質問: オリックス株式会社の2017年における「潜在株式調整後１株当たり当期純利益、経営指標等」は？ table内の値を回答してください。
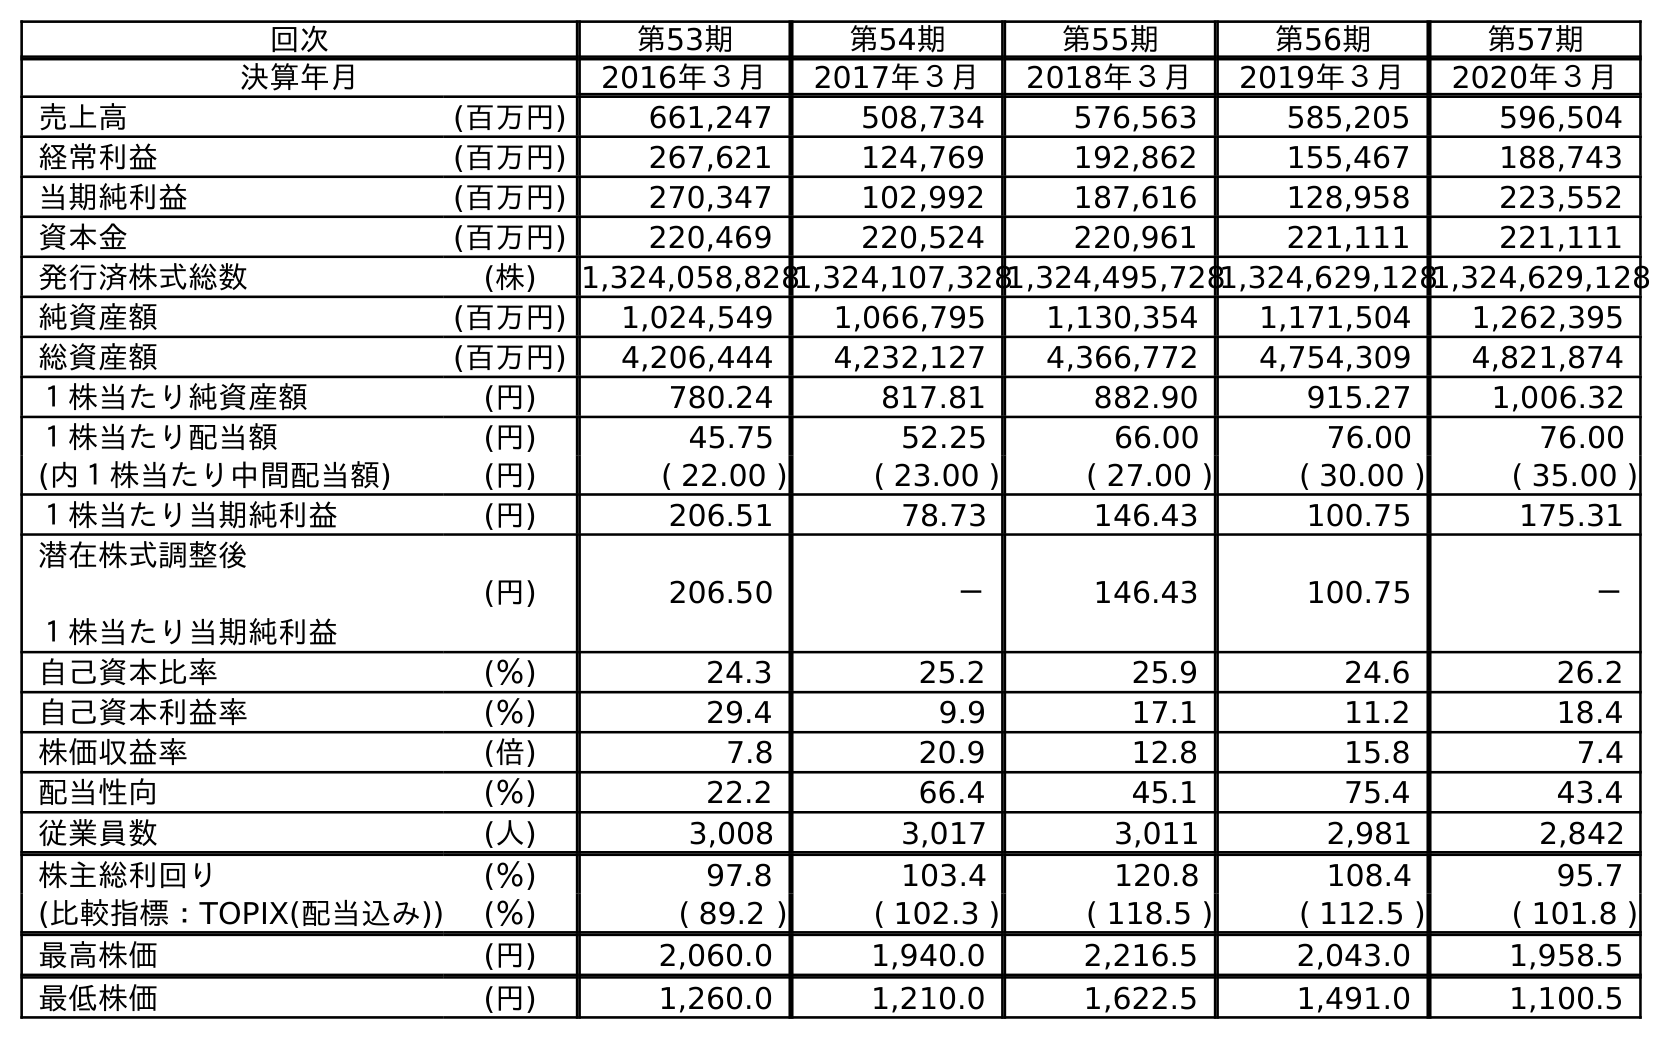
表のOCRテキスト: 回次 第53期 第54期 第55期 第56期 第57期 決算年月 2016年３月 2017年３月 2018年３月 2019年３月 2020年３月 売上高 (百万円) 661,247 508,734 576,563 585,205 596,504 経常利益 (百万円) 267,621 124,769 192,862 155,467 188,743 当期純利益 (百万円) 270,347 102,992 187,616 128,958 223,552 資本金 (百万円) 220,469 220,524 220,961 221,111 221,111 発行済株式総数 (株) 1,324,058,8281,324,107,3281,324,495,7281,324,629,1281,324,629,128 純資産額 (百万円) 1,024,549 1,066,795 1,130,354 1,171,504 1,262,395 総資産額 (百万円) 4,206,444 4,232,127 4,366,772 4,754,309 4,821,874 １株当たり純資産額 (円) 780.24 817.81 882.90 915.27 1,006.32 １株当たり配当額 (円) 45.75 52.25 66.00 76.00 76.00 (内１株当たり中間配当額) (円) ( 22.00 ) ( 23.00 ) ( 27.00 ) ( 30.00 ) ( 35.00 ) １株当たり当期純利益 (円) 206.51 78.73 146.43 100.75 175.31 潜在株式調整後 １株当たり当期純利益 (円) 206.50 － 146.43 100.75 － 自己資本比率 (％) 24.3 25.2 25.9 24.6 26.2 自己資本利益率 (％) 29.4 9.9 17.1 11.2 18.4 株価収益率 (倍) 7.8 20.9 12.8 15.8 7.4 配当性向 (％) 22.2 66.4 45.1 75.4 43.4 従業員数 (人) 3,008 3,017 3,011 2,981 2,842 株主総利回り (％) 97.8 103.4 120.8 108.4 95.7 (比較指標：TOPIX(配当込み)) (％) ( 89.2 ) ( 102.3 ) ( 118.5 ) ( 112.5 ) ( 101.8 ) 最高株価 (円) 2,060.0 1,940.0 2,216.5 2,043.0 1,958.5 最低株価 (円) 1,260.0 1,210.0 1,622.5 1,491.0 1,100.5
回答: －